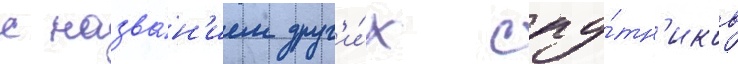
с назва́н'ием друг'и́х спу́тн'иков